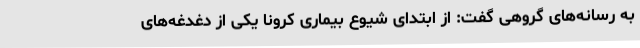
به رسانه‌های گروهی گفت: از ابتدای شیوع بیماری کرونا یکی از دغدغه‌های